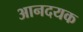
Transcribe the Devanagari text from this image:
आनदयक